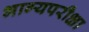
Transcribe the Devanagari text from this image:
भाग्यपरीक्षा